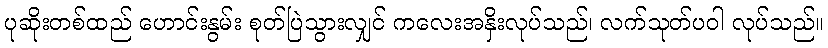
ပုဆိုးတစ်ထည် ဟောင်းနွမ်း စုတ်ပြဲသွားလျှင် ကလေးအနှိးလုပ်သည်၊ လက်သုတ်ပဝါ လုပ်သည်။